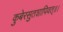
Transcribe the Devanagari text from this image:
कुबेरसुतशापिवत्‌॥।